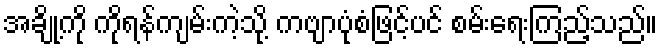
အချို့ကို ကိုရန်ကျမ်းကဲ့သို့ ကဗျာပုံစံဖြင့်ပင် စမ်းရေးကြည့်သည်။